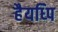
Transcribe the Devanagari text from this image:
हैयध्पि